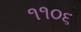
૧૧૦૬